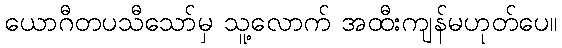
ယောဂီတပသီသော်မှ သူ့လောက် အထီးကျန်မဟုတ်ပေ။